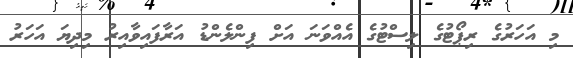
މި އަހަރުގެ ރިޕޯޓުގެ ލިސްޓުގެ އެއްވަނަ އަށް ފިންލެންޑު އަރާފައިވާއިރު މިދިޔަ އަހަރު